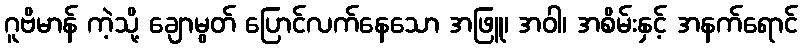
ဂူဗိမာန် ကဲ့သို့ ချောမွတ် ပြောင်လက်နေသော အဖြူ၊ အဝါ၊ အစိမ်းနှင့် အနက်ရောင်